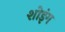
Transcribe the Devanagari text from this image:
शोइंग